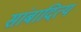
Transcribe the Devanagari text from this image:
सांबादित्य